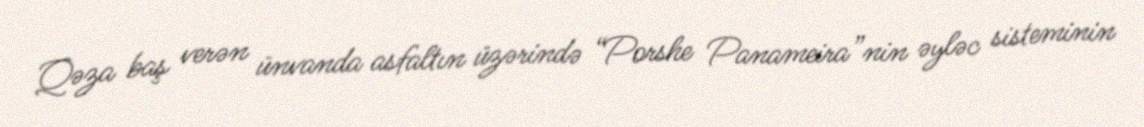
Qəza baş verən ünvanda asfaltın üzərində “Porshe Panameira”nin əyləc sisteminin